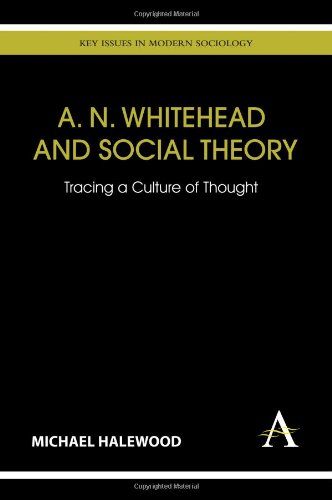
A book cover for A. N. Whitehead and Social Theory: Tracing a Culture of Thought (Key Issues in Modern Sociology); Michael Halewood; Politics & Social Sciences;